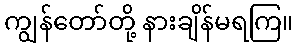
ကျွန်တော်တို့ နားချိန်မရကြ။